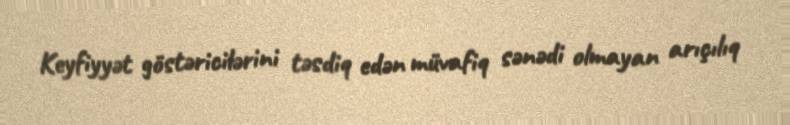
Keyfiyyət göstəricilərini təsdiq edən müvafiq sənədi olmayan arıçılıq